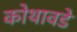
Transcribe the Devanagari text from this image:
कोथावडे